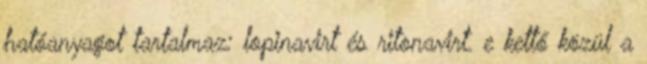
hatóanyagot tartalmaz: lopinavirt és ritonavirt. e kettő közül a